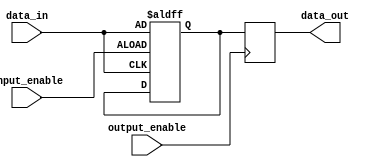
module IO_Block (
    input wire data_in,
    input wire output_enable,
    output reg data_out,
    input wire input_enable
);

reg pull_up;
reg pull_down;

always @ (posedge input_enable or posedge data_in)
    if (input_enable)
        pull_up <= data_in;
    else
        pull_down <= data_in;

always @ (posedge output_enable)
    if (output_enable)
        data_out <= pull_up;
    else
        data_out <= pull_down;

endmodule